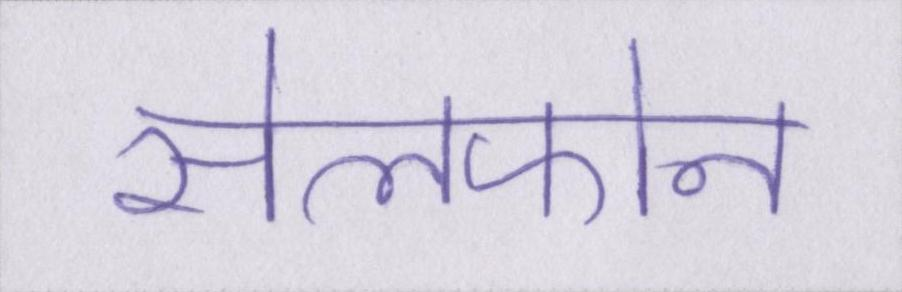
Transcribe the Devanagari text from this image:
सेलफोन